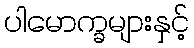
ပါမောက္ခများနှင့်